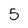
Character: 5